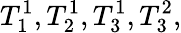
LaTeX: T_{1}^{1},T_{2}^{1},T_{3}^{1},T_{3}^{2},